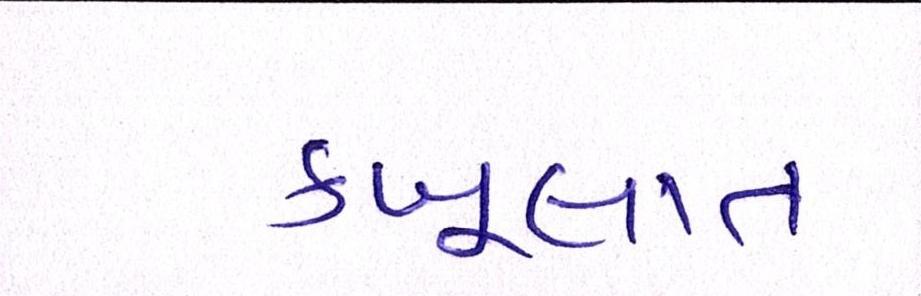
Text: કબૂલાત